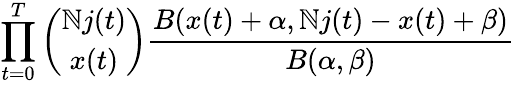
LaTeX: \prod_{t=0}^{T}{\binom{\mathbb{N}j(t)}{x(t)}}\frac{{B(x(t)+\alpha,\mathbb{N}j(t)-x(t)+\beta)}}{{B(\alpha,\beta)}}